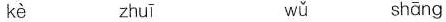
kè zhuī wǔ shāng